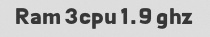
Ram 3cpu 1.9 ghz